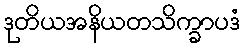
ဒုတိယအနိယတသိက္ခာပဒံ